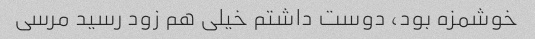
خوشمزه بود، دوست داشتم خیلی هم زود رسید مرسی